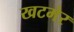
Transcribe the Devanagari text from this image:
खटमेर